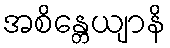
အစိန္တေယျာနိ